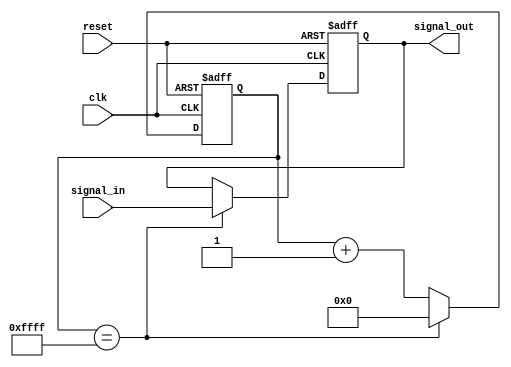
module rc_delay_circuit (
  input wire clk,
  input wire reset,
  input wire signal_in,
  output reg signal_out
);

reg [15:0] count;

always @(posedge clk or posedge reset) begin
  if (reset) begin
    count <= 16'h0;
    signal_out <= 1'b0;
  end else begin
    if (count == 16'hFFFF) begin
      signal_out <= signal_in;
      count <= 16'h0;
    end else begin
      count <= count + 1;
    end
  end
end

endmodule